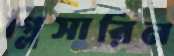
গ্লিসারিন